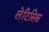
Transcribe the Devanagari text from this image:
लेटिसिस